Annual report of the Prince of Wales Medical College, Patna
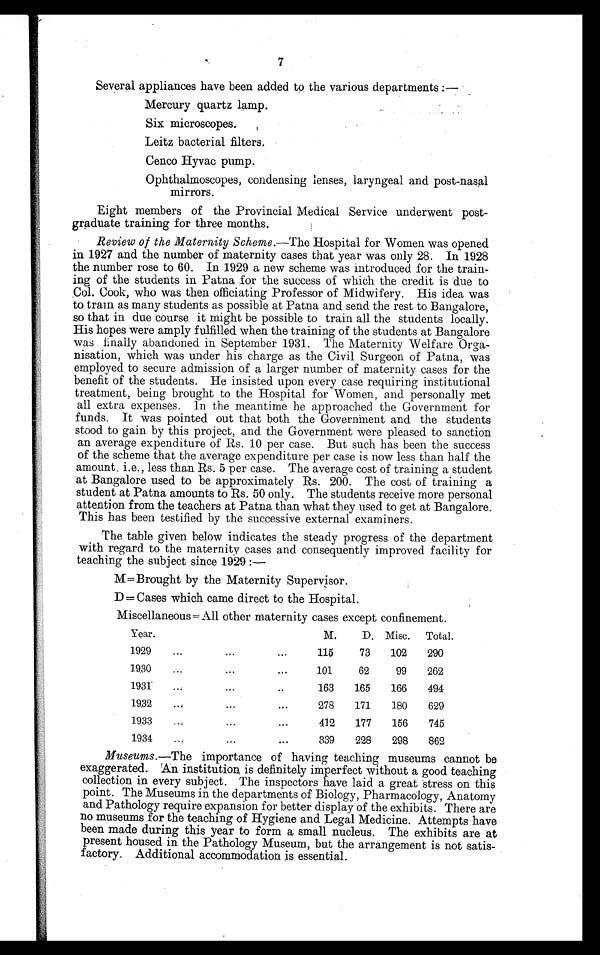
7
Several appliances have been added to the various departments :
—Mercury quartz lamp.
Six microscopes.
Leitz bacterial filters.
Cenco Hyvac pump.
Ophthalmoscopes, condensing lenses, laryngeal and post-nasal
mirrors.
Eight members of the Provincial Medical Service underwent post
-graduate training for three months.
Review of the Maternity Scheme.— The Hospital for Women was opened
in 1927 and the number of maternity cases that year was only 28. In 1928
the number rose to 60. In 1929 a new scheme was introduced for the train
-ing of the students in Patna for the success of which the credit is due to
Col. Cook, who was then officiating Professor of Midwifery. His idea was
to train as many students as possible at Patna and send the rest to Bangalore,
so that in due course it might be possible to train all the students locally.
His hopes were amply fulfilled when the training of the students at Bangalore
was finally abandoned in September 1931. The Maternity Welf are Orga
-nisation, which was under his charge as the Civil Surgeon of Patna, was
employed to secure admission of a larger number of maternity cases for the
benefit of the students. He insisted upon every case requiring institutional
treatment, being brought to the Hospital for Women, and personally met
all extra expenses. In the meantime he approached the Government for
funds. It was pointed out that both the Government and the students
stood to gain by this project, and the Government were pleased to sanction
an average expenditure of Rs. 10 per case. But such has been the success
of the scheme that the average expenditure per case is now less than half the
amount. i.e., less than Rs. 5 per case. The average cost of training a student
at Bangalore used to be approximately Rs. 200. The cost of training a
student at Patna amounts to Rs. 50 only. The students receive more personal
attention from the teachers at Patna than what they used to get at Bangalore.
This has been testified by the successive external examiners.
The table given below indicates the steady progress of the department
with regard to the maternity cases and consequently improved facility for
teaching the subject since 1929 :—
M = Brought by the Maternity Supervisor.
D=Cases which came direct to the Hospital.
Miscellaneous= All other maternity cases except confinement.
Year.
M.
D. Misc.
Total.
1929
...
...
...
115
73
102
290
1930
101
62
99
262
1931
...
163
165
166
494
1932
...
...
...
278
171
180
629
1933
...
...
...
412
177
156
745
1934
.
...
...
339
228
298
862
Museums.—The importance of having teaching museums cannot be
exaggerated. An institution is definitely imperfect without a good teaching
collection in every subject. The inspectors have laid a great stress on this
point. The Museums in the departments of Biology, Pharmacology, Anatomy
and Pathology require expansion for better display of the exhibits. There are
no museums for the teaching of Hygiene and Legal Medicine. Attempts have
been made during this year to form a small nucleus. The exhibits are at
present housed in the Pathology Museum, but the arrangement is not satis
- f a c t o r y , A d d i t i o n a l a c c o m m o d a t i o n i s e s s e n t i a l .